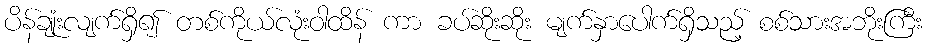
ပိန်ချုံးလျက်ရှိ၍ တစ်ကိုယ်လုံးဝါထိန် ကာ ခပ်ဆိုးဆိုး မျက်နှာပေါက်ရှိသည့် စစ်သားအဘိုးကြီး